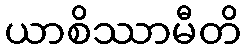
ယာစိဿာမီတိ